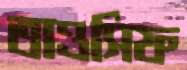
তাওসিফ